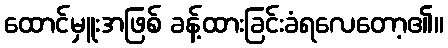
ထောင်မှူးအဖြစ် ခန့်ထားခြင်းခံရလေတော့၏။